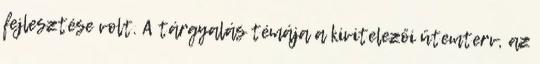
fejlesztése volt. A tárgyalás témája a kivitelezői ütemterv, az